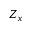
Z _ { x }